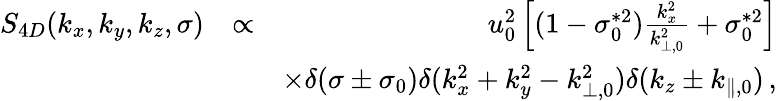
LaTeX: \begin{array}{rlr}{S_{4D}(k_{x},k_{y},k_{z},\sigma)}&{\propto}&{u_{0}^{2}\left[(1-\sigma_{0}^{*2})\frac{k_{x}^{2}}{k_{\perp,0}^{2}}+\sigma_{0}^{*2}\right]}\\ &{}&{\times\delta(\sigma\pm\sigma_{0})\delta(k_{x}^{2}+k_{y}^{2}-k_{\perp,0}^{2})\delta(k_{z}\pm k_{\parallel,0})\, ,}\end{array}